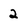
Character: 2